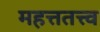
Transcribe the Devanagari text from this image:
महत्ततत्त्व